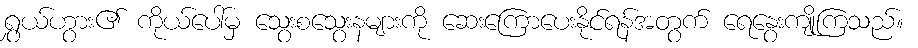
ရွှယ်ဟွား၏ ကိုယ်ပေါ်မှ သွေးစသွေးနများကို ဆေးကြောပေးနိုင်ရန်အတွက် ရေနွေးကျိုကြသည်။